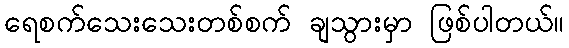
ရေစက်သေးသေးတစ်စက် ချသွားမှာ ဖြစ်ပါတယ်။